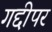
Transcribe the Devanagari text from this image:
गद्दीपर